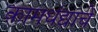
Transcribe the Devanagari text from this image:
कामधंद्याचे